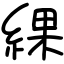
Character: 綶